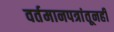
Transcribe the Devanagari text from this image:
वर्तमानपत्रांतूनही